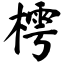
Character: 樗